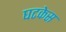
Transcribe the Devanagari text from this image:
घटकेस